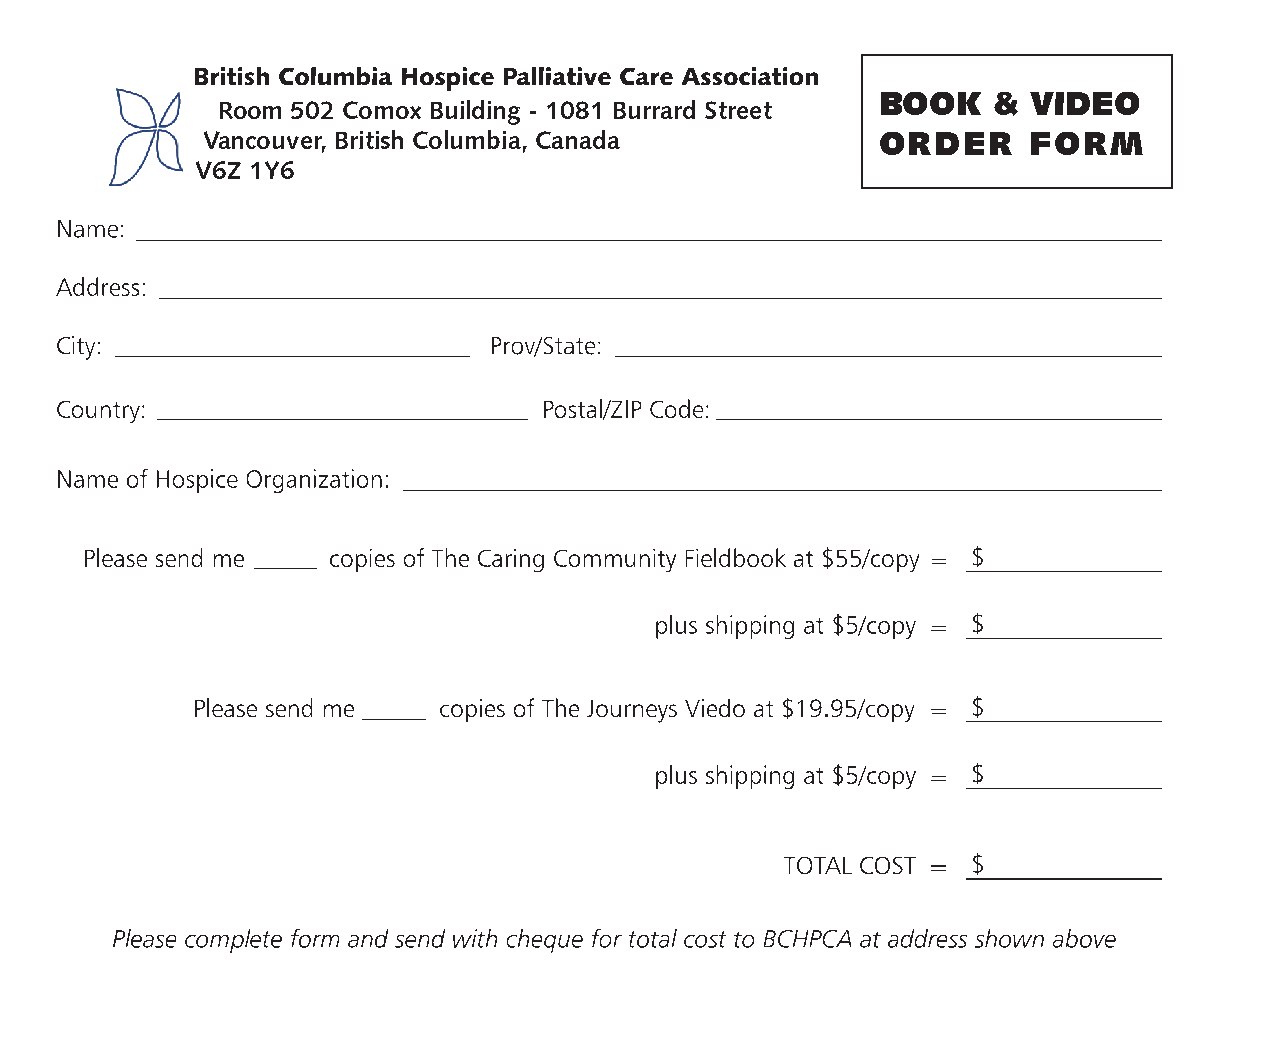
BOOK   &  VIDEO
 Room 502 Comox Building - 1081 Burrard Street
 Vancouver, British Columbia, Canada          ORDER    FORM
 V6Z 1Y6
 =